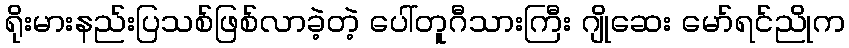
ရိုးမားနည်းပြသစ်ဖြစ်လာခဲ့တဲ့ ပေါ်တူဂီသားကြီး ဂျိုဆေး မော်ရင်ညိုက